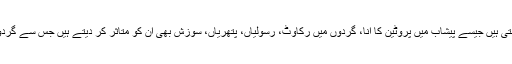
گردوں کی خرابی گردوں کی بیماریاں پریشر کا باعث بنتی ہیں جیسے پیشاب میں پروٹین کا آنا، گردوں میں رکاوٹ، رسولیاں، پتھریاں، سوزش بھی ان کو متاثر کر دیتے ہیں جس سے گردوں میں خرابی پیدا ہو کر پریشر بڑھنا شروع ہو جاتا ہے۔